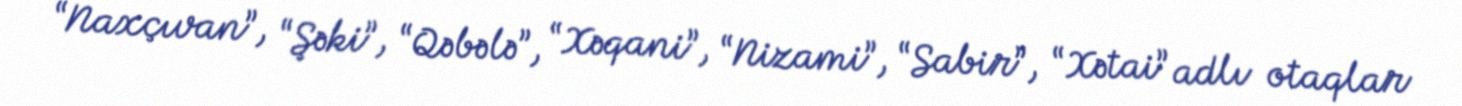
“Naxçıvan”, “Şəki”, “Qəbələ”, “Xəqani”, “Nizami”, “Sabir”, “Xətai” adlı otaqlar